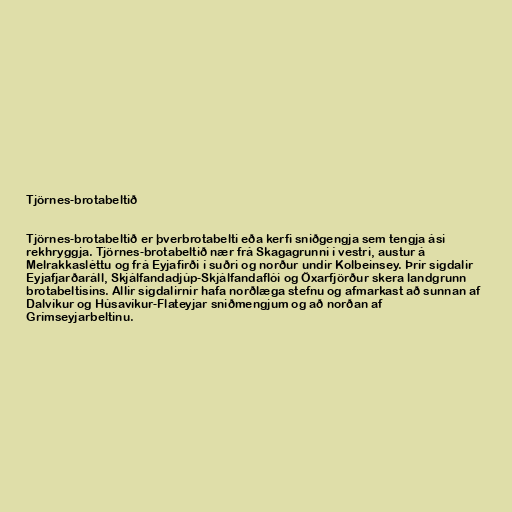
Tjörnes-brotabeltið

Tjörnes-brotabeltið er þverbrotabelti eða kerfi sniðgengja sem tengja ási
rekhryggja. Tjörnes-brotabeltið nær frá Skagagrunni í vestri, austur á
Melrakkasléttu og frá Eyjafirði í suðri og norður undir Kolbeinsey. Þrír sigdalir
Eyjafjarðaráll, Skjálfandadjúp-Skjálfandaflói og Öxarfjörður skera landgrunn
brotabeltisins. Allir sigdalirnir hafa norðlæga stefnu og afmarkast að sunnan af
Dalvíkur og Húsavíkur-Flateyjar sniðmengjum og að norðan af
Grímseyjarbeltinu.